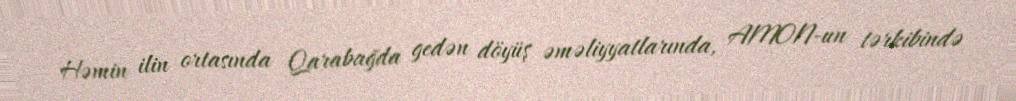
Həmin ilin ortasında Qarabağda gedən döyüş əməliyyatlarında, AMON-un tərkibində